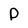
Character: D